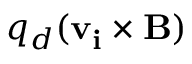
q _ { d } ( \mathbf { v _ { i } } \times \mathbf { B } )